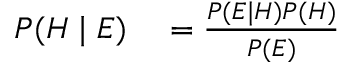
\begin{array} { r l } { P ( H \mid E ) } & { { } = { \frac { P ( E \mid H ) P ( H ) } { P ( E ) } } } \end{array}